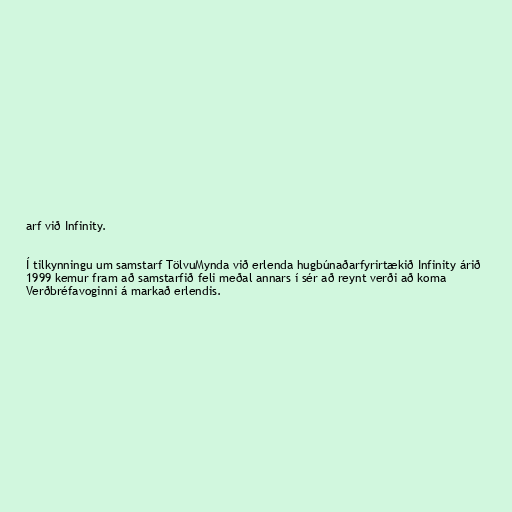
arf við Infinity.

Í tilkynningu um samstarf TölvuMynda við erlenda hugbúnaðarfyrirtækið Infinity árið
1999 kemur fram að samstarfið feli meðal annars í sér að reynt verði að koma
Verðbréfavoginni á markað erlendis.